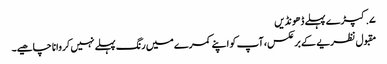
۷. کپڑے پہلے ڈھونڈیں
مقبول نظریے کے برعکس، آپ کو اپنے کمرے میں رنگ پہلے نہیں کروانا چاھیے۔